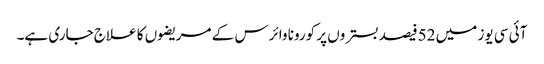
آئی سی یوز میں 52فیصد بستروں پر کورونا وائرس کے مریضوں کا علاج جاری ہے۔